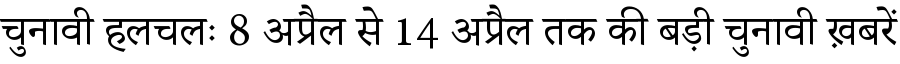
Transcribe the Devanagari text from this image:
चुनावी हलचलः 8 अप्रैल से 14 अप्रैल तक की बड़ी चुनावी ख़बरें